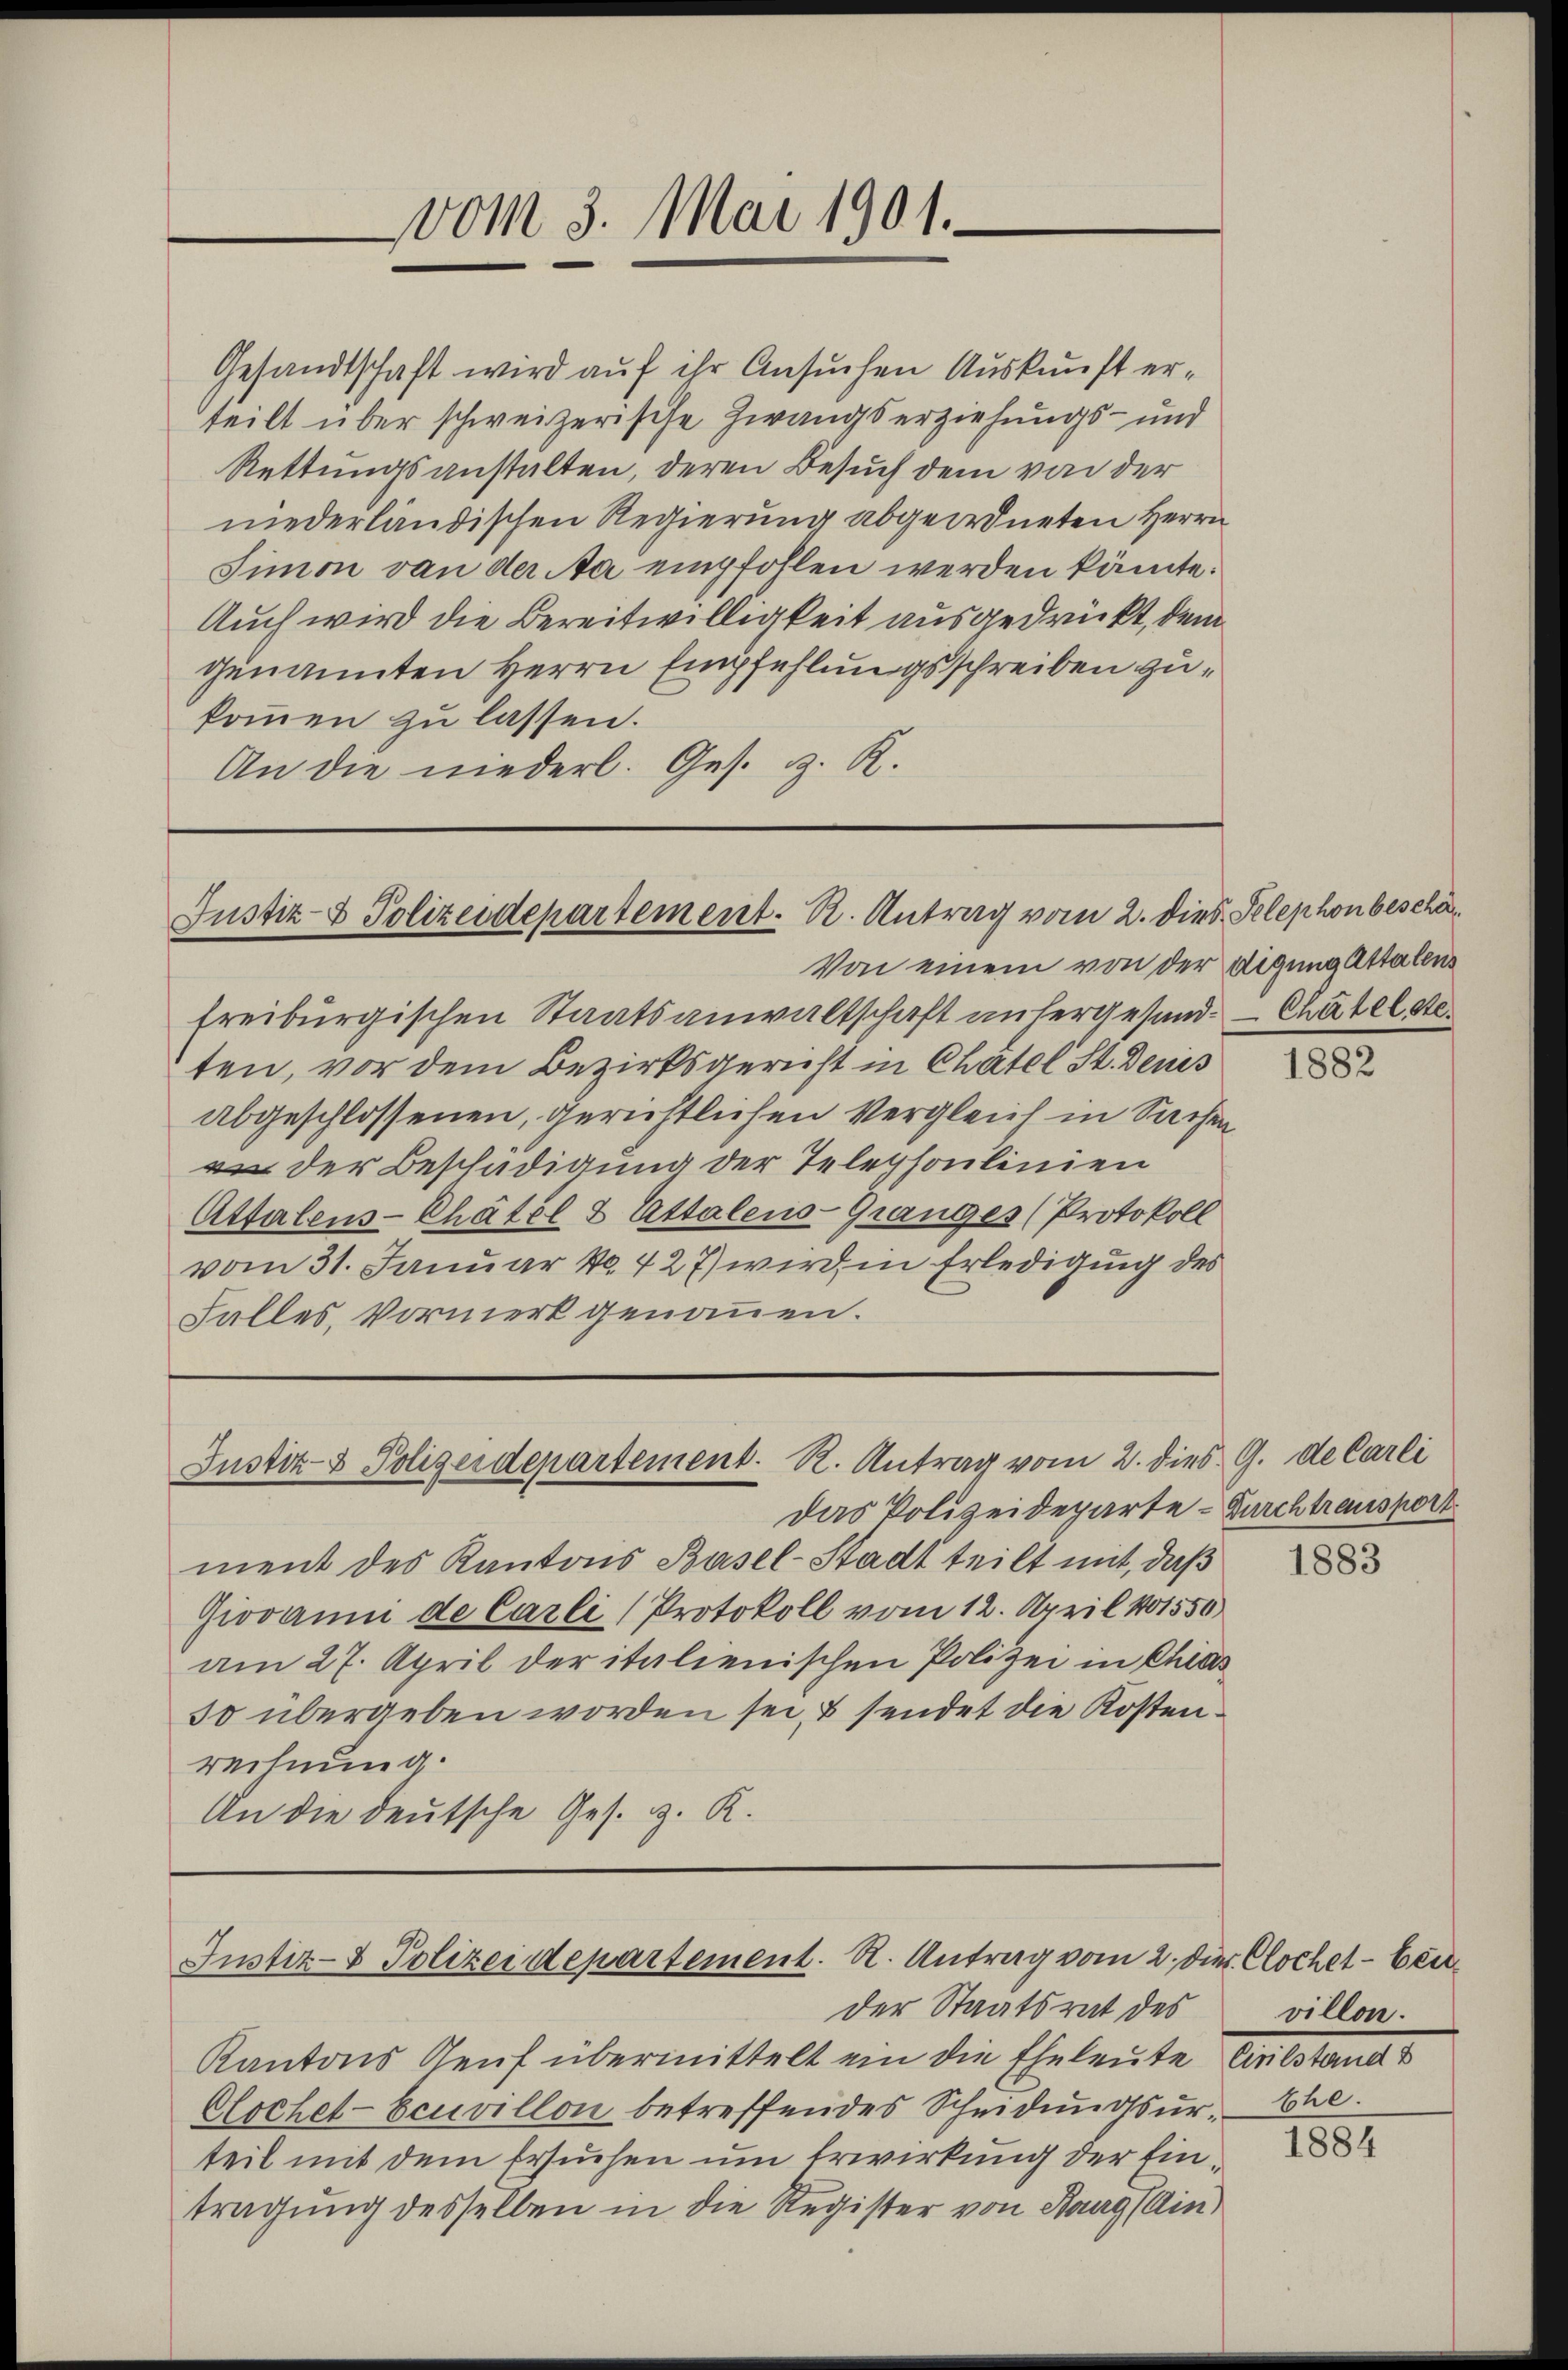
vom 3. Mai 1901.

Gesandtschaft wird auf ihr Ansuchen Auskunft erteilt über schweizerische Zwangserziehungs- und
Rettungsanstalten, deren Besuch dem von der
niederländischen Regierung abgeordneten Herrn
Simon von der Na empfohlen werden könnte.
Auch wird die Bereitwilligkeit ausgedrückt, dem
genannten Herrn Empfehlungsschreiben zukommen zu lassen.
An die niederl. Ges. z. R.

Justiz- & Polizeidepartement. K. Antrag vom 2. dies Telephonbescha¬

Justiz- & Polizeidepartement. R. Antrag vom 2. dies G. de Carli

Von einem von der digung Attalen
freiburgischen Staatsanwaltschaft unsergesand. — Chätel de
ten, vor dem Bezirksgericht in Chatel St. Denis
abgeschlossenen, gerichtlichen Vergleich in Sachen
 der Beschädigung der Telephoulinien
Attalens-Chätel & Attalens-Granges (Protokoll
vom 31. Januar No. 427) wird in Erledigung des
Falles, Vormerk genommen.

Das Polizeideparte – Durchtransport
ment des Kantons Basel-Stadt teilt mit, daß
Giovanni de Carli (Protokoll vom 12. April 181550)
am 27. April der italienischen Polizei in Chias
30 übergeben worden sei, & sendet die Kostenrechnung.
An die deutsche Ges. z. R.

Justiz- & Polizeidepartement. R. Antrag vom 2. Dier. Clochet - bei

der Staatsrat des
Kantons Genf übermittelt ein die Eheleute Entstand d
Clochet-Ecuvillon betreffendes Scheidungsurteil mit dem Ersuchen um Erwirkung der Eintragung desselben in die Register von Baug (Ain

1882

1883

villon.
Ehe.

1884